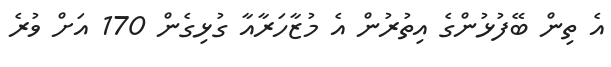
އެ ތިން ބޭފުޅުންގެ އިތުރުން އެ މުޒާހަރާއާ ގުޅިގެން 170 އަށް ވުރެ